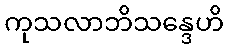
ကုသလာဘိသန္ဒေဟိ